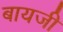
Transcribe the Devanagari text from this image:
बायजी